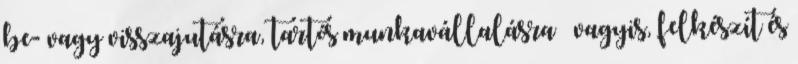
be- vagy visszajutásra, tartós munkavállalásra – vagyis, felkészít és